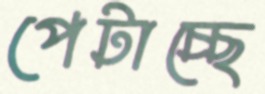
পেটাচ্ছে